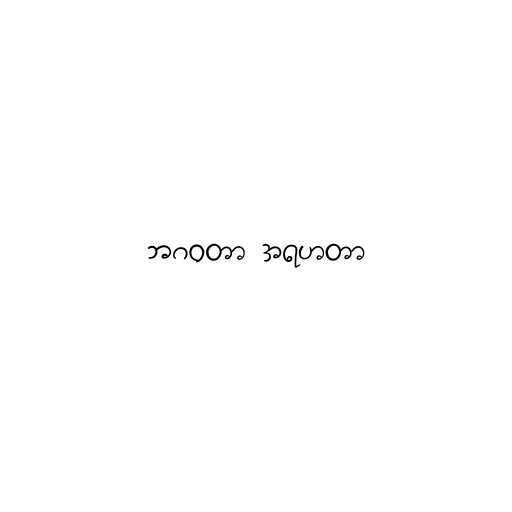
ဘဂဝတာ အရဟတာ